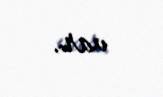
var.